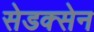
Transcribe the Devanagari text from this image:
सेडक्सेन